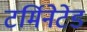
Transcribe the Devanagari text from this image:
टर्मिनेटेड